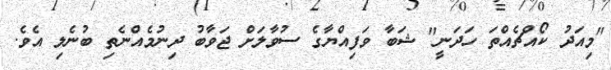
"މިއަދު ކޯއްޗެއްތަ ހަދަނީ" ޝަބާ ވަފިއްޔާގެ ސުވާލަށް ޖަވާބު ދިނުމެއްނެތި ބުނެލި އެވެ.